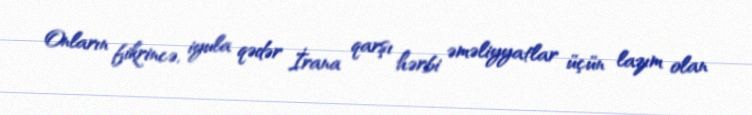
Onların fikrincə, iyula qədər İrana qarşı hərbi əməliyyatlar üçün lazım olan